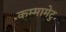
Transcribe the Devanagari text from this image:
कम्‍मामेटु